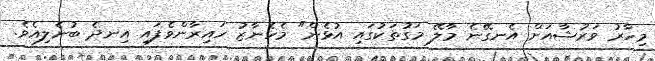
މިހާރު ވަރުޝާއަށް އެނގޭނެ މާލޭ މަގުތަކުގައި އުޅެން" މެހެނާޒު ހައިރާންވެފައި އިނދެ ބުނެލިއެވެ.